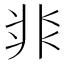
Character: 𩇨